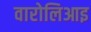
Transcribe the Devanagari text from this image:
वारोलिआइ